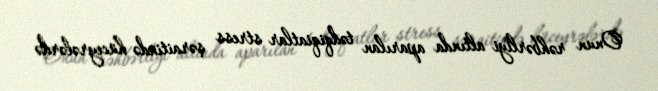
Onun rəhbərliyi altında aparılan tədqiqiatlar stress şəraitində hüceyrələrdə